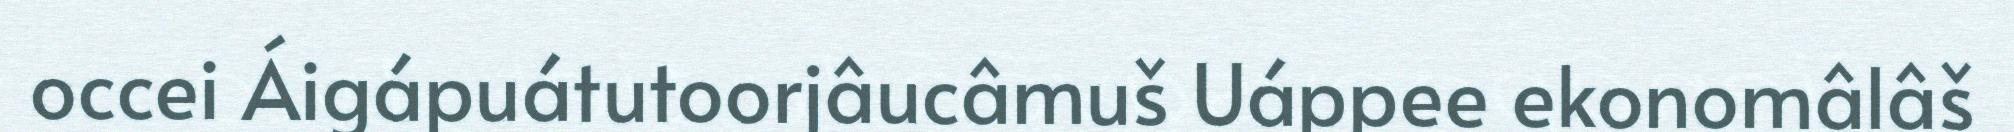
occei Áigápuátutoorjâucâmuš Uáppee ekonomâlâš